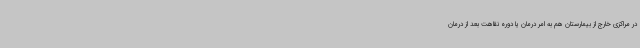
در مراکزی خارج از بیمارستان هم به امر درمان یا دوره نقاهت بعد از درمان